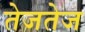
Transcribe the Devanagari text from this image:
तेजतेज